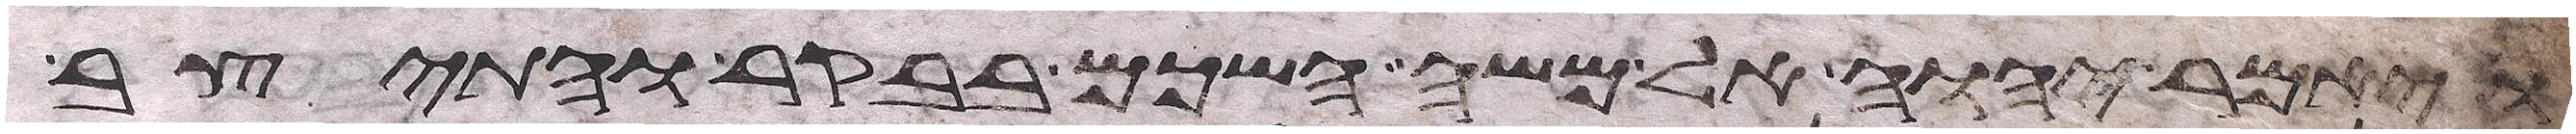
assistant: ויאמר יהוה אל משה השכם בבקר והתיצב